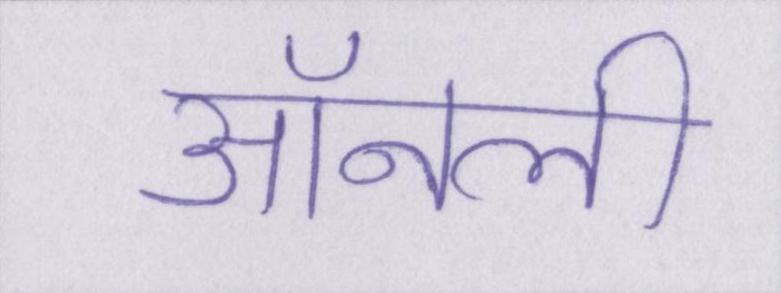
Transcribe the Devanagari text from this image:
ऑनली